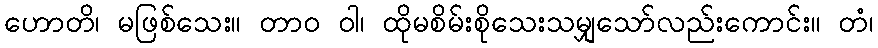
ဟောတိ၊ မဖြစ်သေး။ တာဝ ဝါ၊ ထိုမစိမ်းစိုသေးသမျှသော်လည်းကောင်း။ တံ၊